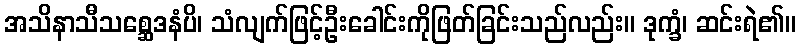
အသိနာသီသစ္ဆေဒနံပိ၊ သံလျက်ဖြင့်ဦးခေါင်းကိုဖြတ်ခြင်းသည်လည်း။ ဒုက္ခံ၊ ဆင်းရဲ၏။